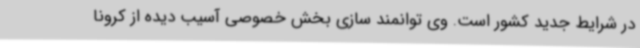
در شرایط جدید کشور است. وی توانمند سازی بخش خصوصی آسیب دیده از کرونا